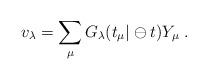
LaTeX: \begin{align*}v_{\lambda }=\sum_{\mu }G_{\lambda }(t_{\mu }|\ominus t)Y_{\mu }\;.\end{align*}